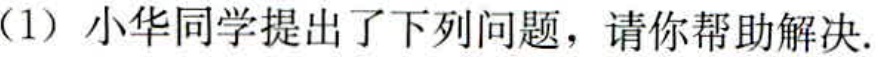
（1）小华同学提出了下列问题，请你帮助解决.